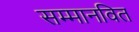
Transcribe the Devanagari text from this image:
सम्मानवित